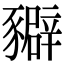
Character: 𧲉